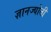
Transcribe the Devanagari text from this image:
ज्ञानज्योती